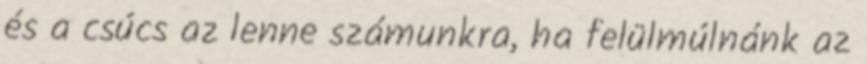
és a csúcs az lenne számunkra, ha felülmúlnánk az